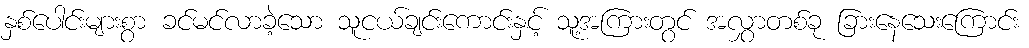
နှစ်ပေါင်းများစွာ ခင်မင်လာခဲ့သော သူငယ်ချင်းကောင်းနှင့် သူ့အကြားတွင် အလွှာတစ်ခု ခြားနေသေးကြောင်း